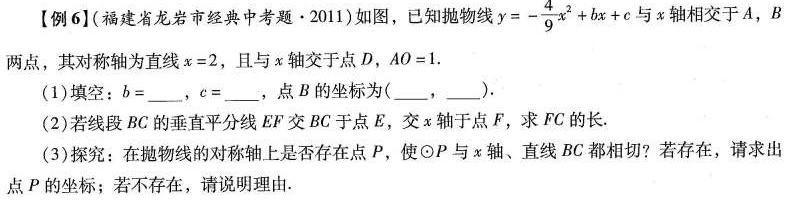
【例6](福建省龙岩市经典中考题·2011)如图，已知抛物线 $$y=- \frac{4}{9}x^{2}+bx+c$$ 与x轴相交于A，B两点，其对称轴为直线x=2，且与x轴交于点D，AO^{1}=1.